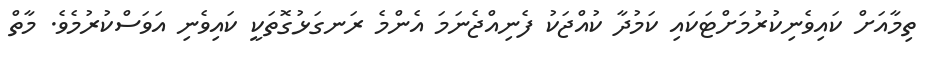
ތިމާއަށް ކައިވެނިކުރުމަށްޓަކައި ކަމުދާ ކުއްޖަކު ފެނިއްޖެނަމަ އެންމެ ރަނގަޅުގޮތަކީ ކައިވެނި އަވަސްކުރުމެވެ. މާތް